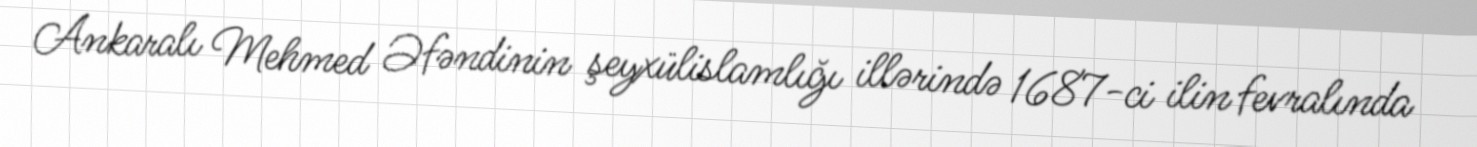
Ankaralı Mehmed Əfəndinin şeyxülislamlığı illərində 1687-ci ilin fevralında